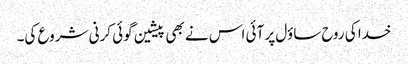
خدا کی روح ساؤل پر آئی اس نے بھی پیشین گوئی کرنی شروع کی۔